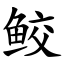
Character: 鲛